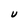
Character: U